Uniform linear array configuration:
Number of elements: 64
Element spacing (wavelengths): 0.5
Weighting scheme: blackman
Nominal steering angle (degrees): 0
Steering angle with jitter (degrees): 0.2444
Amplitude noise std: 0.05
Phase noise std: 0.05

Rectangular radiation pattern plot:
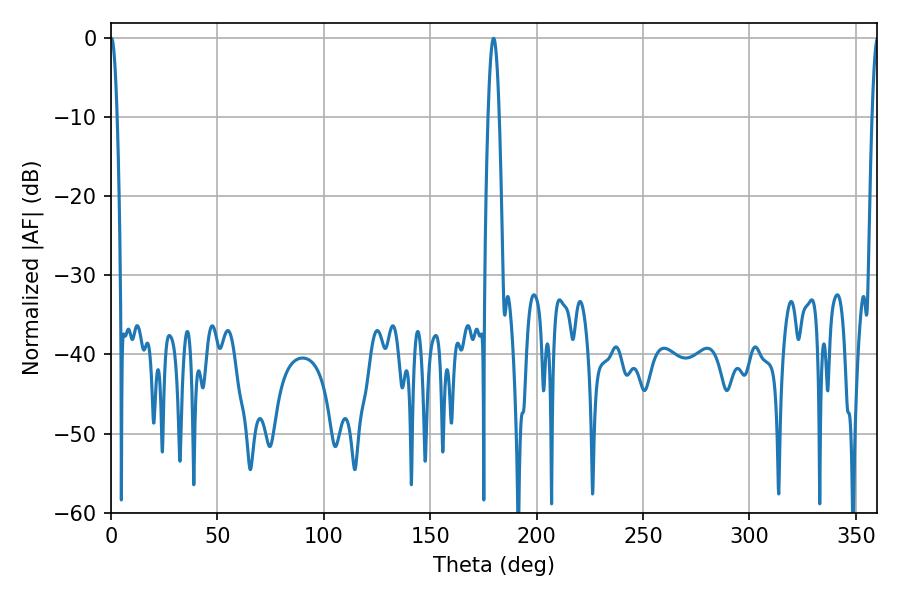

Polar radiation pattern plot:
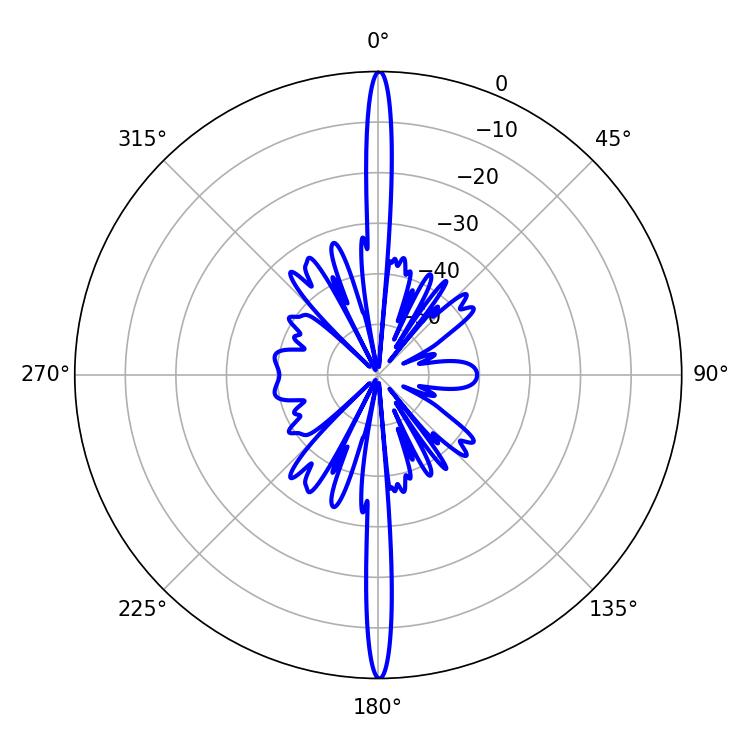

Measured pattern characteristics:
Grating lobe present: FALSE
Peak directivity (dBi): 38.171
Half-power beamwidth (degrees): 1.62
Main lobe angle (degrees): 0.18